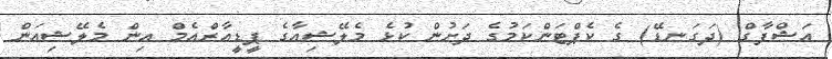
އަޝްފާގް (ދަގަނޑޭ) ގެ ކެޕްޓަންކަމުގެ ދަށުން ކުޅެ މެލޭޝިއާގެ ޕީޑީއާރްއެމް އިން މެލޭޝިއަން